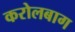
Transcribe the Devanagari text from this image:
करोलबाग